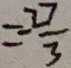
= - \frac { 2 7 } { 3 }